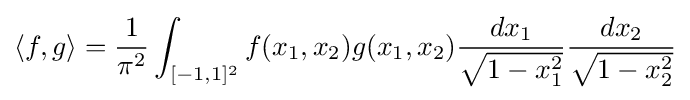
\langle f,g\rangle ={\frac {1}{\pi ^{2}}}\int _{[-1,1]^{2}}f(x_{1},x_{2})g(x_{1},x_{2}){\frac {dx_{1}}{\sqrt {1-x_{1}^{2}}}}{\frac {dx_{2}}{\sqrt {1-x_{2}^{2}}}}